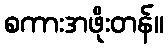
စကားအဖိုးတန်။